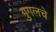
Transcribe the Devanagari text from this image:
गुगलचे